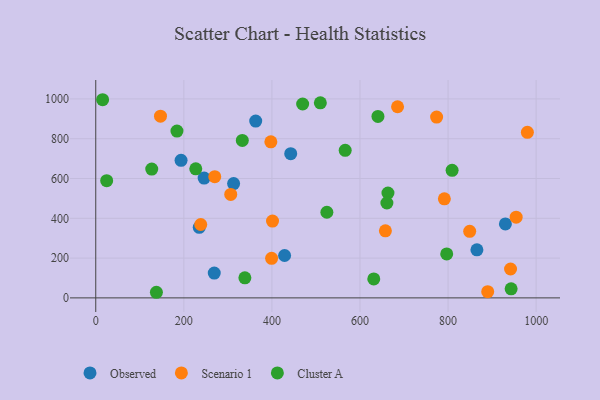
{"axis": {"x": "Speed", "y": "Exam Score"}, "legend": ["Cluster A", "Observed", "Scenario 1"], "data": [{"x": "193.7", "y": 691.3, "type": "Observed"}, {"x": "246.1", "y": 602.1, "type": "Observed"}, {"x": "269.1", "y": 124.8, "type": "Observed"}, {"x": "313.0", "y": 574.6, "type": "Observed"}, {"x": "428.8", "y": 213.1, "type": "Observed"}, {"x": "865.5", "y": 241.5, "type": "Observed"}, {"x": "363.2", "y": 888.6, "type": "Observed"}, {"x": "442.7", "y": 724.6, "type": "Observed"}, {"x": "930.2", "y": 371.5, "type": "Observed"}, {"x": "235.0", "y": 354.8, "type": "Observed"}, {"x": "980.1", "y": 832.3, "type": "Scenario 1"}, {"x": "849.1", "y": 334.6, "type": "Scenario 1"}, {"x": "774.0", "y": 908.8, "type": "Scenario 1"}, {"x": "401.4", "y": 385.9, "type": "Scenario 1"}, {"x": "147.0", "y": 913.3, "type": "Scenario 1"}, {"x": "270.2", "y": 609.3, "type": "Scenario 1"}, {"x": "941.9", "y": 145.1, "type": "Scenario 1"}, {"x": "685.3", "y": 960.7, "type": "Scenario 1"}, {"x": "397.6", "y": 784.6, "type": "Scenario 1"}, {"x": "238.4", "y": 368.9, "type": "Scenario 1"}, {"x": "954.6", "y": 405.9, "type": "Scenario 1"}, {"x": "890.0", "y": 31.2, "type": "Scenario 1"}, {"x": "657.7", "y": 337.2, "type": "Scenario 1"}, {"x": "399.3", "y": 199.0, "type": "Scenario 1"}, {"x": "306.5", "y": 519.9, "type": "Scenario 1"}, {"x": "791.6", "y": 498.0, "type": "Scenario 1"}, {"x": "640.8", "y": 912.0, "type": "Cluster A"}, {"x": "227.1", "y": 648.5, "type": "Cluster A"}, {"x": "24.8", "y": 588.9, "type": "Cluster A"}, {"x": "15.6", "y": 996.0, "type": "Cluster A"}, {"x": "796.9", "y": 220.8, "type": "Cluster A"}, {"x": "127.1", "y": 647.2, "type": "Cluster A"}, {"x": "943.2", "y": 45.7, "type": "Cluster A"}, {"x": "469.8", "y": 974.5, "type": "Cluster A"}, {"x": "137.7", "y": 28.2, "type": "Cluster A"}, {"x": "566.4", "y": 741.7, "type": "Cluster A"}, {"x": "809.2", "y": 641.3, "type": "Cluster A"}, {"x": "663.5", "y": 527.2, "type": "Cluster A"}, {"x": "661.1", "y": 476.9, "type": "Cluster A"}, {"x": "184.4", "y": 838.4, "type": "Cluster A"}, {"x": "524.8", "y": 430.3, "type": "Cluster A"}, {"x": "338.6", "y": 101.0, "type": "Cluster A"}, {"x": "332.8", "y": 791.2, "type": "Cluster A"}, {"x": "510.0", "y": 980.4, "type": "Cluster A"}, {"x": "631.3", "y": 95.3, "type": "Cluster A"}]}